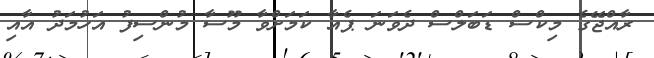
ރާއްޖޭގެ މިކްސް ޑަބަލްސް ދެވަނަ ޕެއާ ކަމަށްވާ މޫސާ މުންސިފު އަހުމަދު އާއި